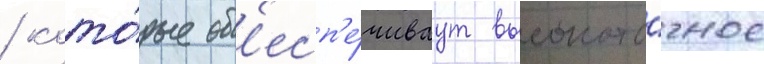
/ кото́рые об'есп'е́чиваут высокото́чное